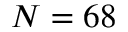
N = 6 8